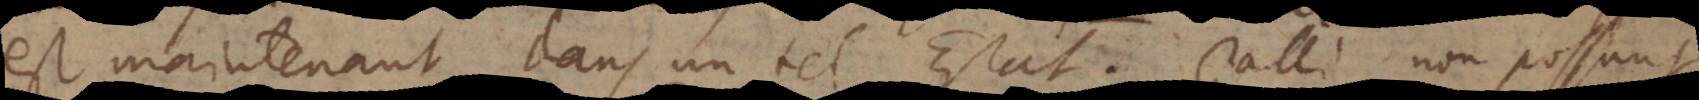
est maintenant dans un tel Estat. Galli non possunt